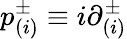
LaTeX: p_{(i)}^{\pm}\equiv i{\partial}_{(i)}^{\pm}